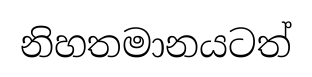
නිහතමානයටත්